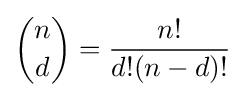
{\binom {n}{d}}={\frac {n!}{d!(n-d)!}}